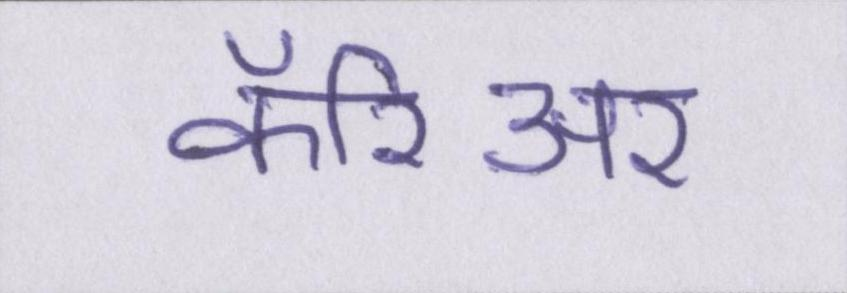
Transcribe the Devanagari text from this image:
कॅरिअर